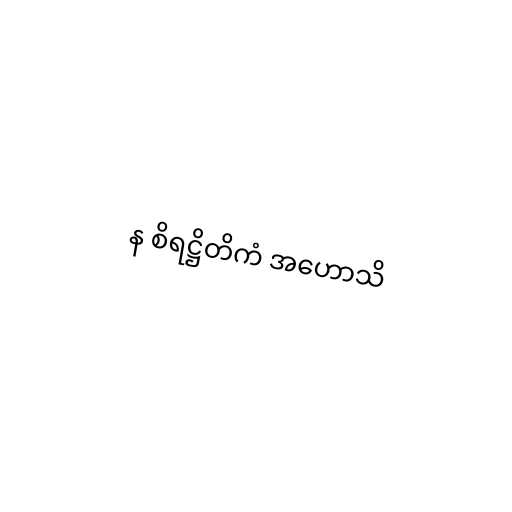
န စိရဋ္ဌိတိကံ အဟောသိ